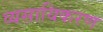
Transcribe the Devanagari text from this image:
व्यसायिकरण